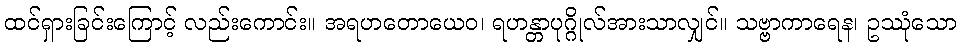
ထင်ရှားခြင်းကြောင့် လည်းကောင်း။ အရဟတောယေဝ၊ ရဟန္တာပုဂ္ဂိုလ်အားသာလျှင်။ သဗ္ဗာကာရေန၊ ဥဿုံသော